Medical and sanitary report of the native army of Bengal for the year
Year: 1878
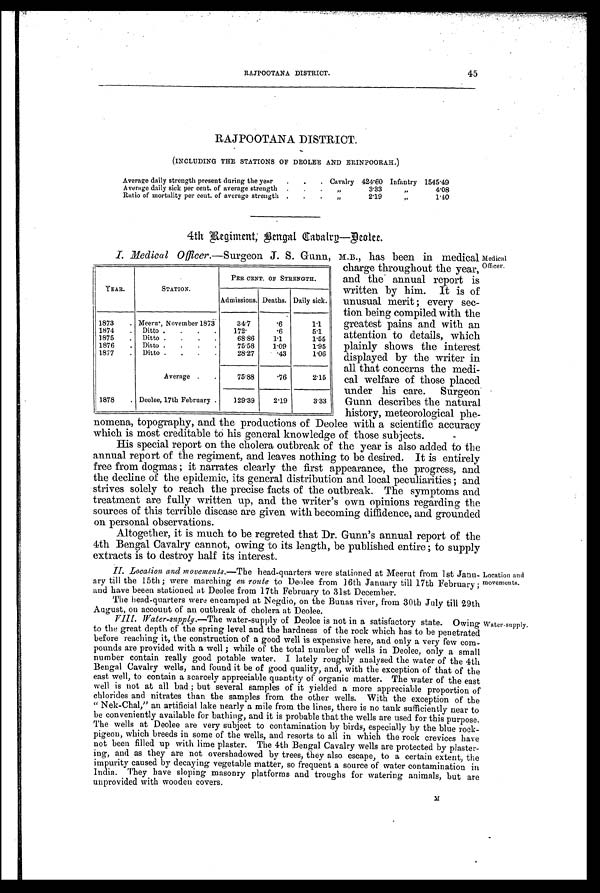
RAJPOOTANA DISTRICT.
45
RAJPOOTANA DISTRICT.
(INCLUDING THE STATIONS OF DEOLEE AND ERINPOORAH.)
Average daily strength present during the year
. . . Cavalry 424.60 Infantry 1 5 4 5 . 4 9
Average daily sick per cent. of average strength . .
.
„
3.33
„
4.08
Ratio of mortality per cent. of average strength . .
.
„
2.19
„
1.10
4th Regiment, Bengal Cavalry—Deolee.
I. Medical Officer.—Surgeon J. S. Gunn, M.B., has been in medical
charge throughout the year,
and the annual report is
written by him. It is of
unusual merit ; every sec-
tion being compiled with the
greatest pains and with an
attention to details, which
plainly shows the interest
displayed by the writer in
all that concerns the medi-
cal welfare of those placed
under his care. Surgeon
Gunn describes the natural
history, meteorological phe-
nomena, topography, and the productions of Deolee with a scientific accuracy
which is most creditable to his general knowledge of those subjects.
His special report on the cholera outbreak of the year is also added to the
annual report of the regiment, and leaves nothing to be desired. It is entirely
free from dogmas ; it narrates clearly the first appearance, the progress, and
the decline of the epidemic, its general distribution and local peculiarities ; and
strives solely to reach the precise facts of the outbreak. The symptoms and
treatment are fully written up, and the writer's own opinions regarding the
sources of this terrible disease are given with becoming diffidence, and grounded
on personal observations.
Altogether, it is much to be regreted that Dr. Gunn's annual report of the
4th Bengal Cavalry cannot, owing to its length, be published entire ; to supply
extracts is to destroy half its interest.
II. Location and movements.—The head-quarters were stationed at Meerut from 1st Janu
-
ary till the 15th ; were marching en route to Deolee from 16th January till 17th February ;
and have beeen stationed at Deolee from 17th February to 31st December.
The head-quarters were encamped at Negdio, on the Bunas river, from 30th July till 29th
August, on account of an outbreak of cholera at Deolee.
VIII. Water-supply.—The water-supply of Deolee is not in a satisfactory state. Owing
to the great depth of the spring level and the hardness of the rock which has to he penetrated
before reaching it, the construction of a good well is expensive here, and only a very few com
-
pounds are provided with a well ; while of the total number of wells in Deolee, only a small
number contain really good potable water. I lately roughly analysed the water of the 4th
Bengal Cavalry wells, and found it be of good quality, and, with the exception of that of the
east well, to contain a scarcely appreciable quantity of organic matter. The water of the east
well is not at all bad ; but several samples of it yielded a more appreciable proportion of
chlorides and nitrates than the samples from the other wells. With the exception of the
" Nek-Chal," an artificial lake nearly a mile from the lines, there is no tank sufficiently near to
be conveniently available for bathing, and it is probable that the wells are used for this purpose.
The wells at Deolee are very subject to contamination by birds, especially by the blue rock-
pigeon, which breeds in some of the wells, and resorts to all in which the rock crevices have
not been filled up with lime plaster. The 4th Bengal Cavalry wells are protected by plaster
- i n g , a n d a s t h e y a r e n o t o v e r s h a d o w e d b y t r e e s , t h e y a l s o e s c a p e , t o a c e r t a i n e x t e n t , t h e
impurity caused by decaying vegetable matter, so frequent a source of water contamination in
India. They have sloping masonry platforms and troughs for watering animals, but are
unprovided with wooden covers.
M
YEAR.
STATION.
PER CENT. OF STRENGTH.
Admissions. Deaths. Daily sick.
1873 . Meerut, November 1873
34.7
.6
1.1
1874
. Ditto .
. . . 172.
.6
5.1
1875
. Ditto . . . .
68.86
1.1
1.55
1876 . Ditto . . . .
75.58
1.09
1.95
1877
. Ditto . .
. .
28.27
.43
1.06
Average . .
75.88
.76
2.15
1878 . Deolee, 17th February .
129.39
2.19
3.33
Location and
movements.
Water-supply.
Medical
Officer.